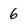
Character: 6